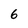
Character: 6